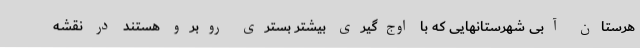
هرستان آبی شهرستانهایی که با اوج‌گیری بیشتر بستری روبرو هستند در نقشه